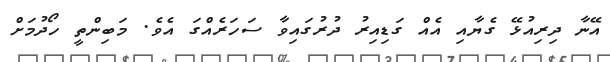
އޭނާ ދިރިއުޅޭ ގެޔާއި އެއް ގަޑިއިރު ދުރުގައިވާ ސަހަރެއްގަ އެވެ. މަބިންތީ ހޯދުމަށް